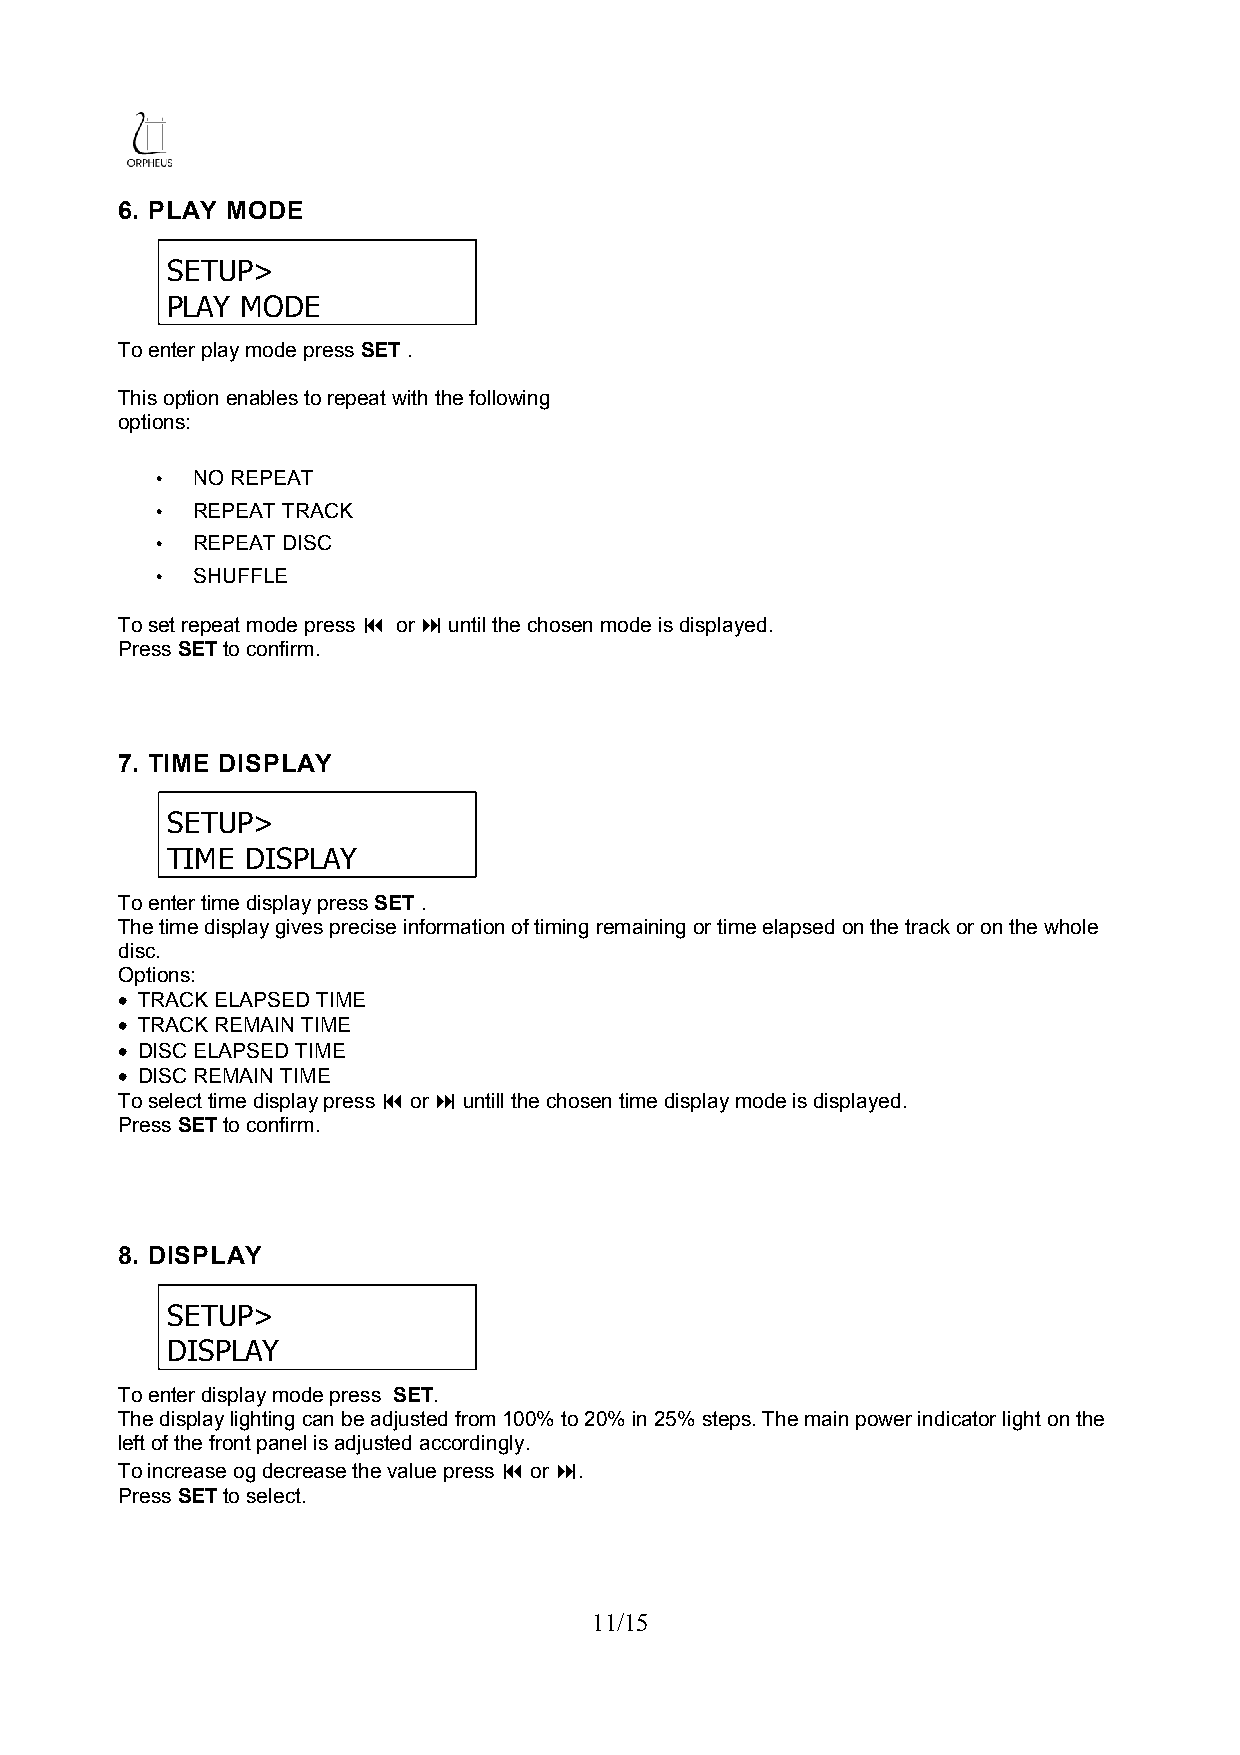
6. PLAY MODE
 SETUP>
 PLAY MODE
 To enter play mode press SET .
 This option enables to repeat with the following
 options:
 •  NO REPEAT
 •  REPEAT TRACK
 •  REPEAT DISC
 •  SHUFFLE
 To set repeat mode press  or  until the chosen mode is displayed.
 Press SET to confirm.
 7. TIME DISPLAY
 SETUP>
 TIME DISPLAY
 To enter time display press SET .
 The time display gives precise information of timing remaining or time elapsed on the track or on the whole
 disc.
 Options:
 • TRACK ELAPSED TIME
 • TRACK REMAIN TIME
 • DISC ELAPSED TIME
 • DISC REMAIN TIME
 To select time display press  or  untill the chosen time display mode is displayed.
 Press SET to confirm.
 8. DISPLAY
 SETUP>
 DISPLAY
 To enter display mode press SET.
 The display lighting can be adjusted from 100% to 20% in 25% steps. The main power indicator light on the
 left of the front panel is adjusted accordingly.
 To increase og decrease the value press  or .
 Press SET to select.
 11/15